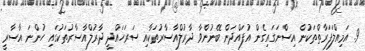
9. އަމިއްލަފަރާތްތަކުން އިސްނަގައިގެން އުފައްދަން ބޭނުންވާ ދާރުލްއާސާރުތަކާއި ސަރަހައްދީ ދާރުލްއާސާރުތަކުގައި ހުންނަ އާސާރީ